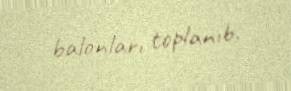
balonları toplanıb.